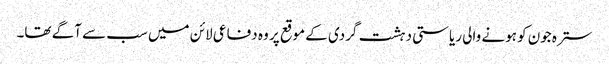
سترہ جون کو ہونے والی ریاستی دہشت گردی کے موقع پر وہ دفاعی لائن میں سب سے آگے تھا۔